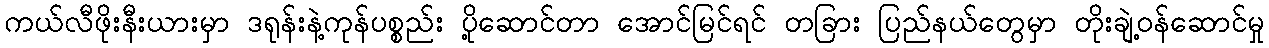
ကယ်လီဖိုးနီးယားမှာ ဒရုန်းနဲ့ကုန်ပစ္စည်း ပို့ဆောင်တာ အောင်မြင်ရင် တခြား ပြည်နယ်တွေမှာ တိုးချဲ့ဝန်ဆောင်မှု